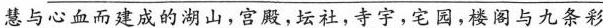
\underline{慧与心血而建成的湖山，宫殿，坛社，寺宇，宅园，楼阁与九条彩}